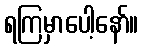
ရကြမှာပေါ့နော်။